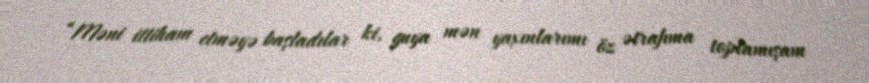
“Məni ittiham etməyə başladılar ki, guya mən yaxınlarımı öz ətrafıma toplamışam